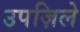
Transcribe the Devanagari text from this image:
उपज़िले